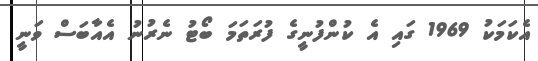
އެކަމަކު 1969 ގައި އެ ކުންފުނީގެ ފުރަތަމަ ބޯޓު ނެރުނު އެއާބަސް ވަނީ